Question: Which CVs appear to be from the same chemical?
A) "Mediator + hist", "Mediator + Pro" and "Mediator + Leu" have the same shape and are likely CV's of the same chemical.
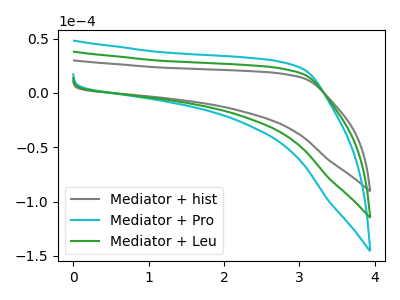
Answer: <think>The gray curve "Mediator + hist" has no peaks. The cyan curve "Mediator + Pro" has no peaks. The green curve "Mediator + Leu" has no peaks.
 Neither "Mediator + hist" or "Mediator + Pro" have any peaks. Neither "Mediator + hist" or "Mediator + Leu" have any peaks. Neither "Mediator + Pro" or "Mediator + Leu" have any peaks.</think>
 <answer>A) "Mediator + hist", "Mediator + Pro" and "Mediator + Leu" have the same shape and are likely CV's of the same chemical.</answer>
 <eval>A</eval>